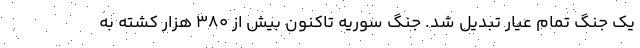
یک جنگ تمام عیار تبدیل شد. جنگ سوریه تاکنون بیش از ۳۸۰ هزار کشته به